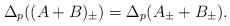
LaTeX: \begin{align*}\Delta_p((A+B)_\pm)=\Delta_p(A_\pm+B_\pm).\end{align*}